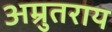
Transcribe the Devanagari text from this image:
अम्रुतराय